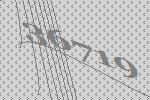
36719